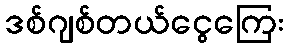
ဒစ်ဂျစ်တယ်ငွေကြေး